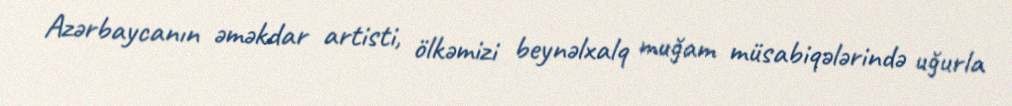
Azərbaycanın əməkdar artisti, ölkəmizi beynəlxalq muğam müsabiqələrində uğurla